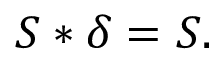
S * \delta = S .